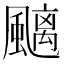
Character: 䬜